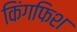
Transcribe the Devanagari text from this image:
किंगफिश